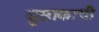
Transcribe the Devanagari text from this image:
युसाकाची